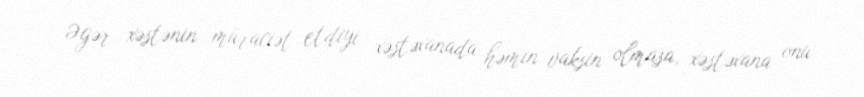
Əgər xəstənin müraciət etdiyi xəstəxanada həmin vaksin olmasa, xəstəxana onu